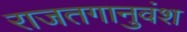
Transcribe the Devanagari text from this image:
राजतगानुवंश